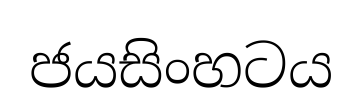
ජයසිංහටය